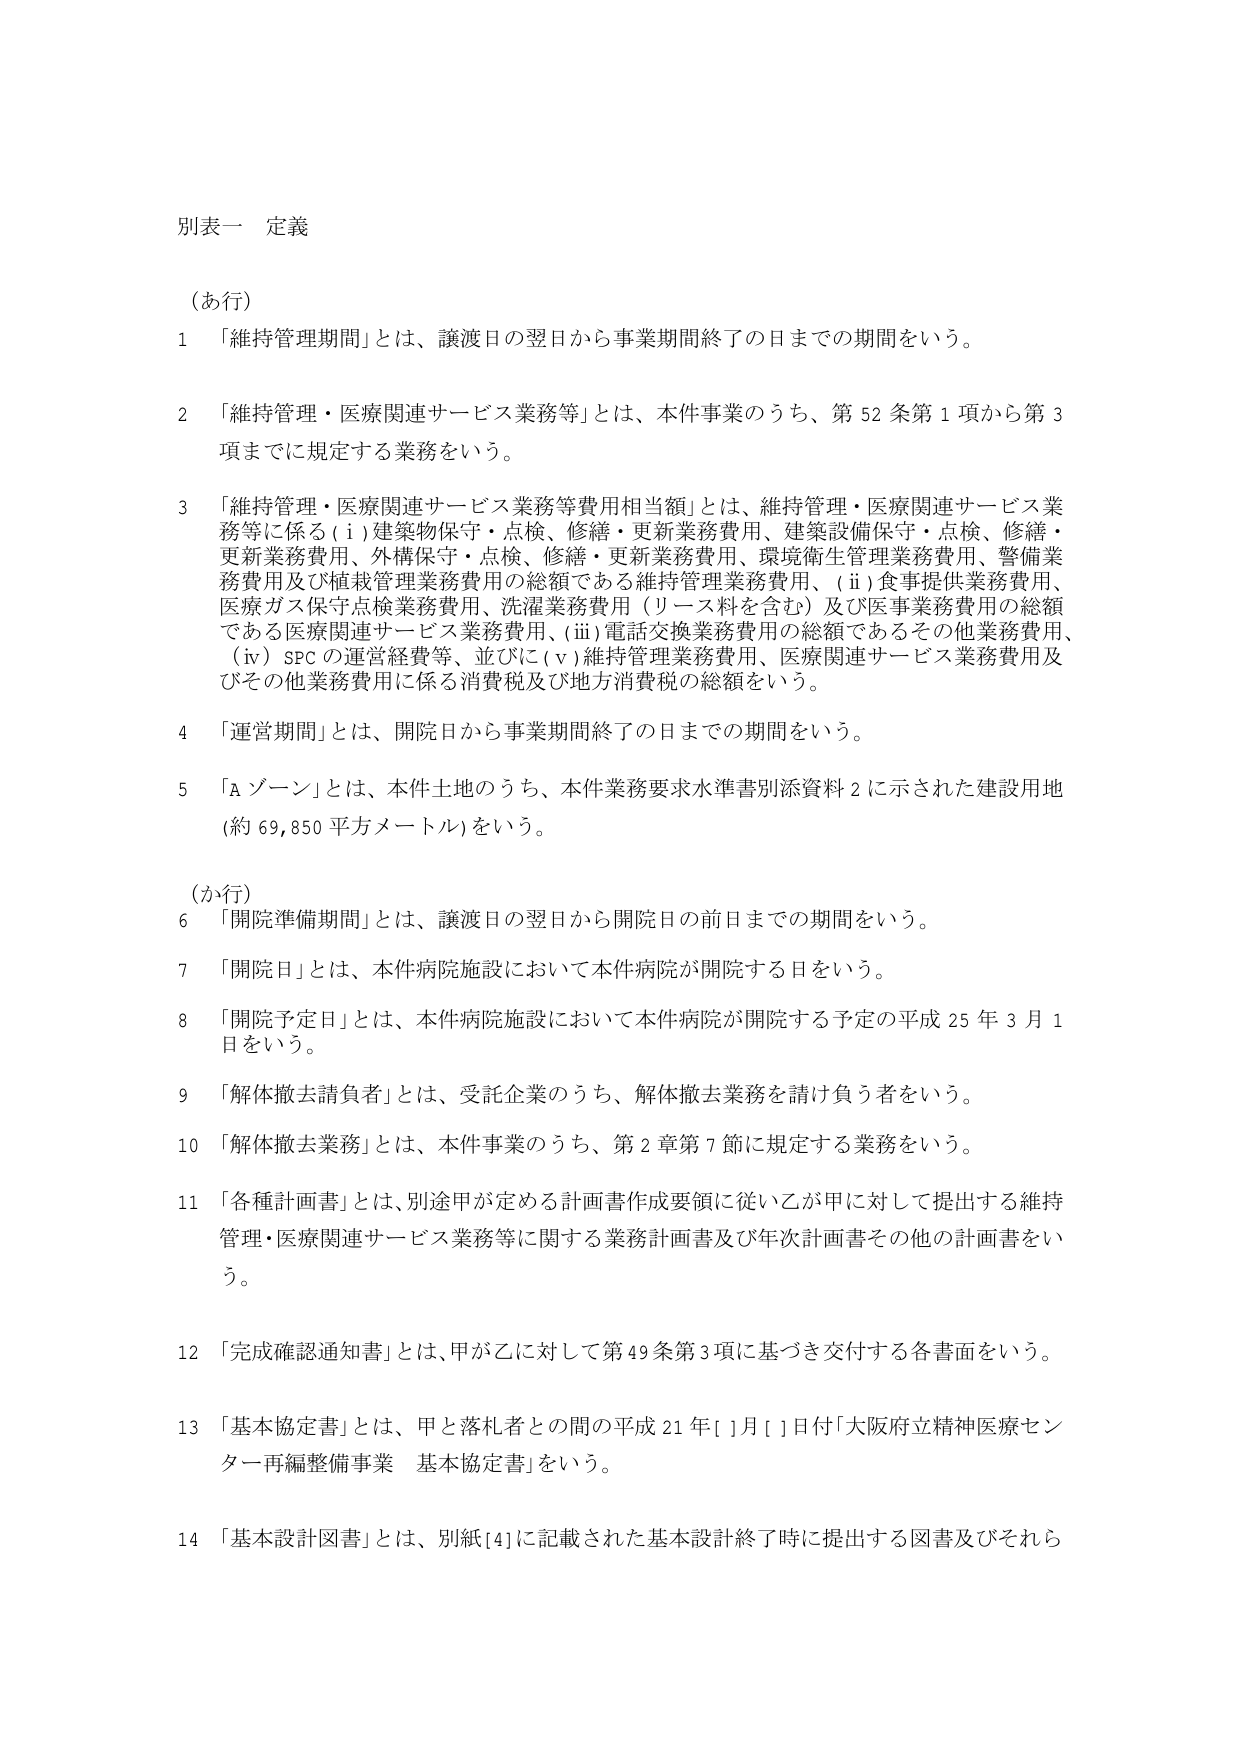
別表一 定義

（あ行）

1 「維持管理期間」とは、譲渡日の翌日から事業期間終了の日までの期間をいう。

2 「維持管理・医療関連サービス業務等」とは、本件事業のうち、第52条第1項から第3項までに規定する業務をいう。

3 「維持管理・医療関連サービス業務等費用相当額」とは、維持管理・医療関連サービス業務等に係る（i）建築物保守・点検、修繕・更新業務費用、建築設備保守・点検、修繕・更新業務費用、外構保守・点検、修繕・更新業務費用、環境衛生管理業務費用、警備業務費用及び植栽管理業務費用の総額である維持管理業務費用、（ii）食事提供業務費用、医療ガス保守点検業務費用、洗濯業務費用（リース料を含む）及び医事業務費用の総額である医療関連サービス業務費用、（iii）電話交換業務費用の総額であるその他業務費用、（iv）SPCの運営経費等、並びに（v）維持管理業務費用、医療関連サービス業務費用及びその他業務費用に係る消費税及び地方消費税の総額をいう。

4 「運営期間」とは、開院日から事業期間終了の日までの期間をいう。

5 「Aゾーン」とは、本件土地のうち、本件業務要求水準書別添資料2に示された建設用地（約69,850平方メートル）をいう。

（か行）

6 「開院準備期間」とは、譲渡日の翌日から開院日の前日までの期間をいう。

7 「開院日」とは、本件病院施設において本件病院が開院する日をいう。

8 「開院予定日」とは、本件病院施設において本件病院が開院する予定の平成25年3月1日をいう。

9 「解体撤去請負者」とは、受託企業のうち、解体撤去業務を請け負う者をいう。

10 「解体撤去業務」とは、本件事業のうち、第2章第7節に規定する業務をいう。

11 「各種計画書」とは、別途甲が定める計画書作成要領に従い乙が甲に対して提出する維持管理・医療関連サービス業務等に関する業務計画書及び年次計画書その他の計画書をいう。

12 「完成確認通知書」とは、甲が乙に対して第49条第3項に基づき交付する各書面をいう。

13 「基本協定書」とは、甲と落札者との間の平成21年[ ]月[ ]日付「大阪府立精神医療センター再編整備事業 基本協定書」をいう。

14 「基本設計図書」とは、別紙[4]に記載された基本設計終了時に提出する図書及びそれら